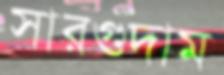
সারগুদাম